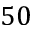
5 0